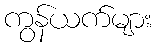
ကွန်ယက်များ